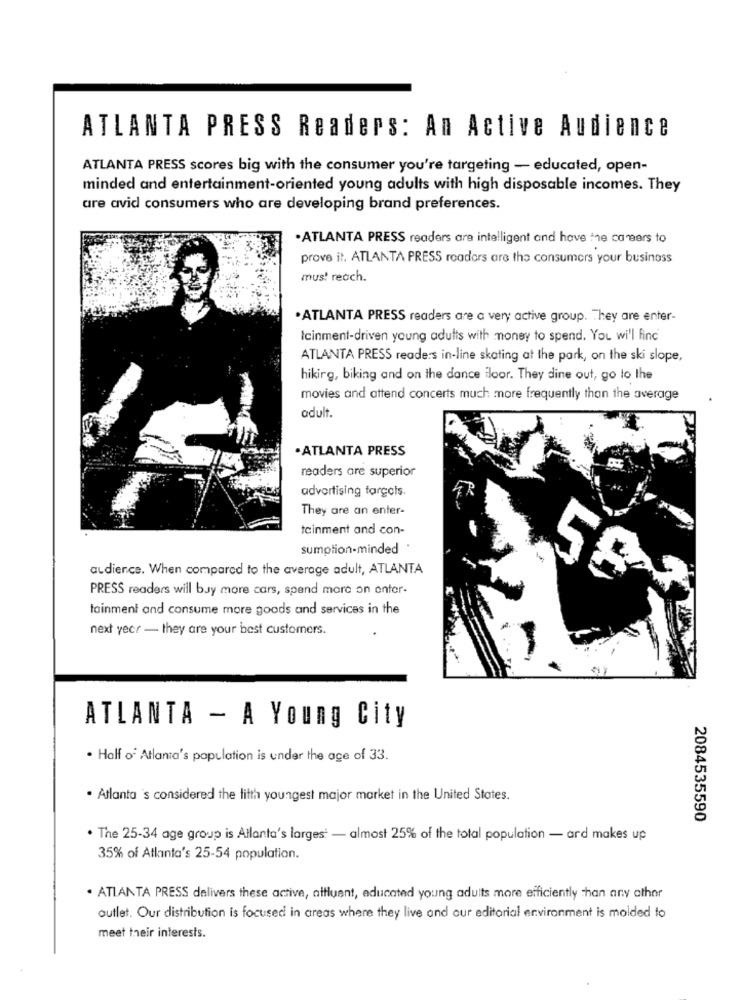
ATLANTA PRESS Readers: An Active Audience
ATLANTA PRESS scores big with the consumer you're targeting - educated, open-
minded and entertainment-oriented young adults with high disposable incomes. They
are avid consumers who are developing brand preferences.
.ATLANTA PRESS readers are intelligent and have the caneers to
prove it. ATLANTA PRESS roadors are the consumers your business
mus! reach.
. ATLANTA PRESS readers are a very active group. They are enter-
Icinment-driven young adults with money to spend. You will find
ATLANTA PRESS readers in-line skating at the park, on the ski slope,
hikirg, biking and on the dance floor. They dine out, go to the
movies and attend concerts much more frequently than the average
adult.
.ATLANTA PRESS
readers are superior
advertising fargels.
They are an enter-
tainment and con-
sumotion-minded
audience. When compared to the average adult, ATLANTA
PRESS readers will buy more cars, spend more on enter-
tainment and consume more goods and services in the
next year - they are your best customers.
ATLANTA - A Young City
. Half of Atlanta's population is under the age of 33.
. Atlanta 's considered the litth youngest major market in the United States.
2084535590
. The 25-34 age group is Atlanta's largest - almost 25% of the total population - ard makes up
35% of Atlanta's 25-54 population.
. ATLANTA PRESS delivers these active, attluant, educated young adults more efficiently than any other
outlet. Our distribution is focused in areas where they live and our editorial environment is molded to
meet their interests.